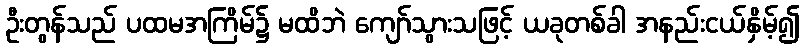
ဦးတွန်သည် ပထမအကြိမ်၌ မထိဘဲ ကျော်သွားသဖြင့် ယခုတစ်ခါ အနည်းငယ်နှိမ့်၍